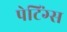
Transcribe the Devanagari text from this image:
पेटिंग्स